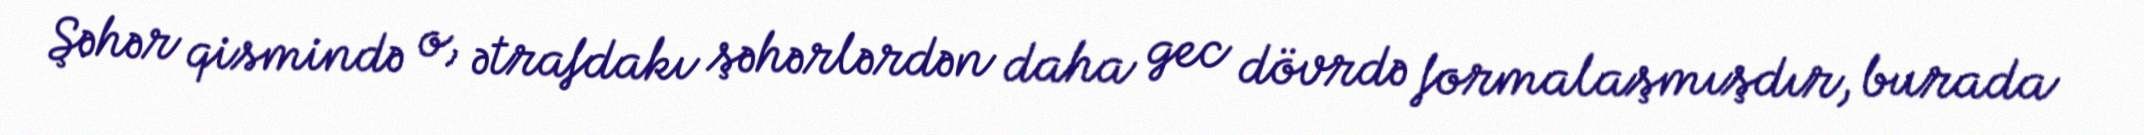
Şəhər qismində o, ətrafdakı şəhərlərdən daha gec dövrdə formalaşmışdır, burada